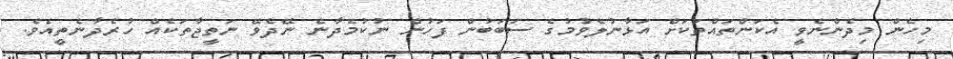
މިހެން މިދެންނެވީ އެކަންތައްތަކަށް އަޅާނުލެވުމުގެ ސަބަބުން ފަހުން ނުކުމެދާނެ ނޭދެވޭ ނަތީޖާތަކެއް ހުރެދާނެތީއެވެ.